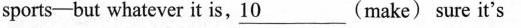
sports-but whatever it is, \underline{10}(make) sure it's